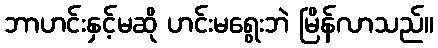
ဘာဟင်းနှင့်မဆို ဟင်းမရွေးဘဲ မြိန်လာသည်။